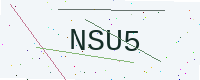
Text: NSU5